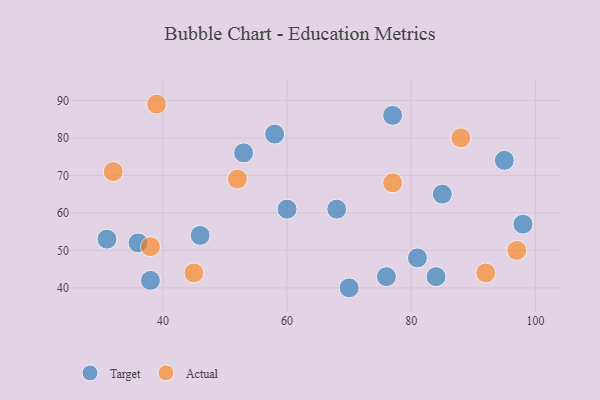
{"axis": {"x": "GDP", "y": "Life Expectancy"}, "legend": ["Actual", "Target"], "data": [{"x": "81", "y": 48, "type": "Target"}, {"x": "53", "y": 76, "type": "Target"}, {"x": "84", "y": 43, "type": "Target"}, {"x": "98", "y": 57, "type": "Target"}, {"x": "38", "y": 42, "type": "Target"}, {"x": "58", "y": 81, "type": "Target"}, {"x": "76", "y": 43, "type": "Target"}, {"x": "77", "y": 86, "type": "Target"}, {"x": "31", "y": 53, "type": "Target"}, {"x": "46", "y": 54, "type": "Target"}, {"x": "95", "y": 74, "type": "Target"}, {"x": "60", "y": 61, "type": "Target"}, {"x": "70", "y": 40, "type": "Target"}, {"x": "36", "y": 52, "type": "Target"}, {"x": "68", "y": 61, "type": "Target"}, {"x": "85", "y": 65, "type": "Target"}, {"x": "45", "y": 44, "type": "Actual"}, {"x": "52", "y": 69, "type": "Actual"}, {"x": "97", "y": 50, "type": "Actual"}, {"x": "39", "y": 89, "type": "Actual"}, {"x": "92", "y": 44, "type": "Actual"}, {"x": "38", "y": 51, "type": "Actual"}, {"x": "88", "y": 80, "type": "Actual"}, {"x": "77", "y": 68, "type": "Actual"}, {"x": "32", "y": 71, "type": "Actual"}]}